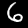
Label: 6